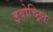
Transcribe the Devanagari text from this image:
इवोच्छ्रितः